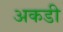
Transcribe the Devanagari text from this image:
अकडी